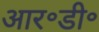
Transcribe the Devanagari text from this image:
आर॰डी॰